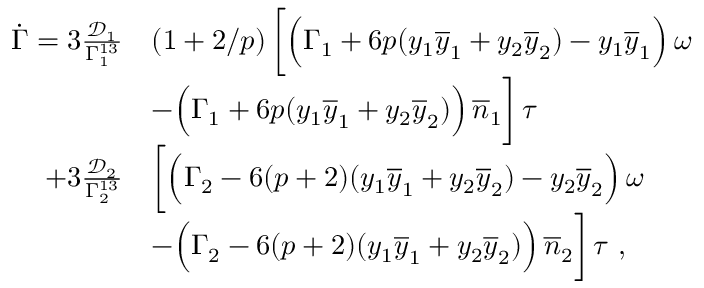
\begin{array} { r l } { \dot { \Gamma } = 3 \frac { \mathcal { D } _ { 1 } } { \Gamma _ { 1 } ^ { 1 3 } } } & { \left( 1 + 2 / p \right) \bigg [ \Big ( \Gamma _ { 1 } + 6 p ( y _ { 1 } \overline { { y } } _ { 1 } + y _ { 2 } \overline { { y } } _ { 2 } ) - y _ { 1 } \overline { { y } } _ { 1 } \Big ) \, \omega } \\ & { - \Big ( \Gamma _ { 1 } + 6 p ( y _ { 1 } \overline { { y } } _ { 1 } + y _ { 2 } \overline { { y } } _ { 2 } ) \Big ) \, \overline { { n } } _ { 1 } \bigg ] \, \tau } \\ { + 3 \frac { \mathcal { D } _ { 2 } } { \Gamma _ { 2 } ^ { 1 3 } } } & { \bigg [ \Big ( \Gamma _ { 2 } - 6 ( p + 2 ) ( y _ { 1 } \overline { { y } } _ { 1 } + y _ { 2 } \overline { { y } } _ { 2 } ) - y _ { 2 } \overline { { y } } _ { 2 } \Big ) \, \omega } \\ & { - \Big ( \Gamma _ { 2 } - 6 ( p + 2 ) ( y _ { 1 } \overline { { y } } _ { 1 } + y _ { 2 } \overline { { y } } _ { 2 } ) \Big ) \, \overline { { n } } _ { 2 } \bigg ] \, \tau \ , } \end{array}